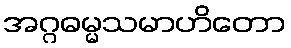
အဂ္ဂဓမ္မသမာဟိတော